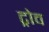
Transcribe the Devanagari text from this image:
ट्रोव